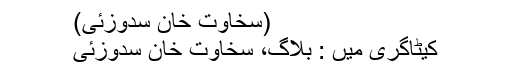
(سخاوت خان سدوزئی)
کیٹاگری میں : بلاگ، سخاوت خان سدوزئی